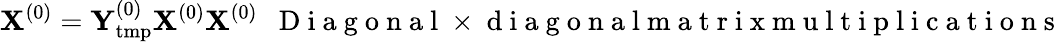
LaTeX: {\mathbf X}^{(0)}={\mathbf Y}_{\mathrm{tmp}}^{(0)}{\mathbf X}^{(0)}{\mathbf X}^{(0)}~~\mathrm{~D~i~a~g~o~n~a~l~}\times\mathrm{~d~i~a~g~o~n~a~l~m~a~t~r~i~x~m~u~l~t~i~p~l~i~c~a~t~i~o~n~s~}